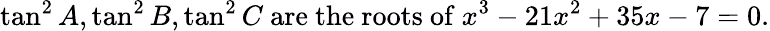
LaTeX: \tan^{2}A,\tan^{2}B,\tan^{2}C{\mathrm{~are~the~roots~of~}}x^{3}-21x^{2}+35x-7=0.